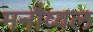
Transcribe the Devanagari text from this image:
मनौव्वल